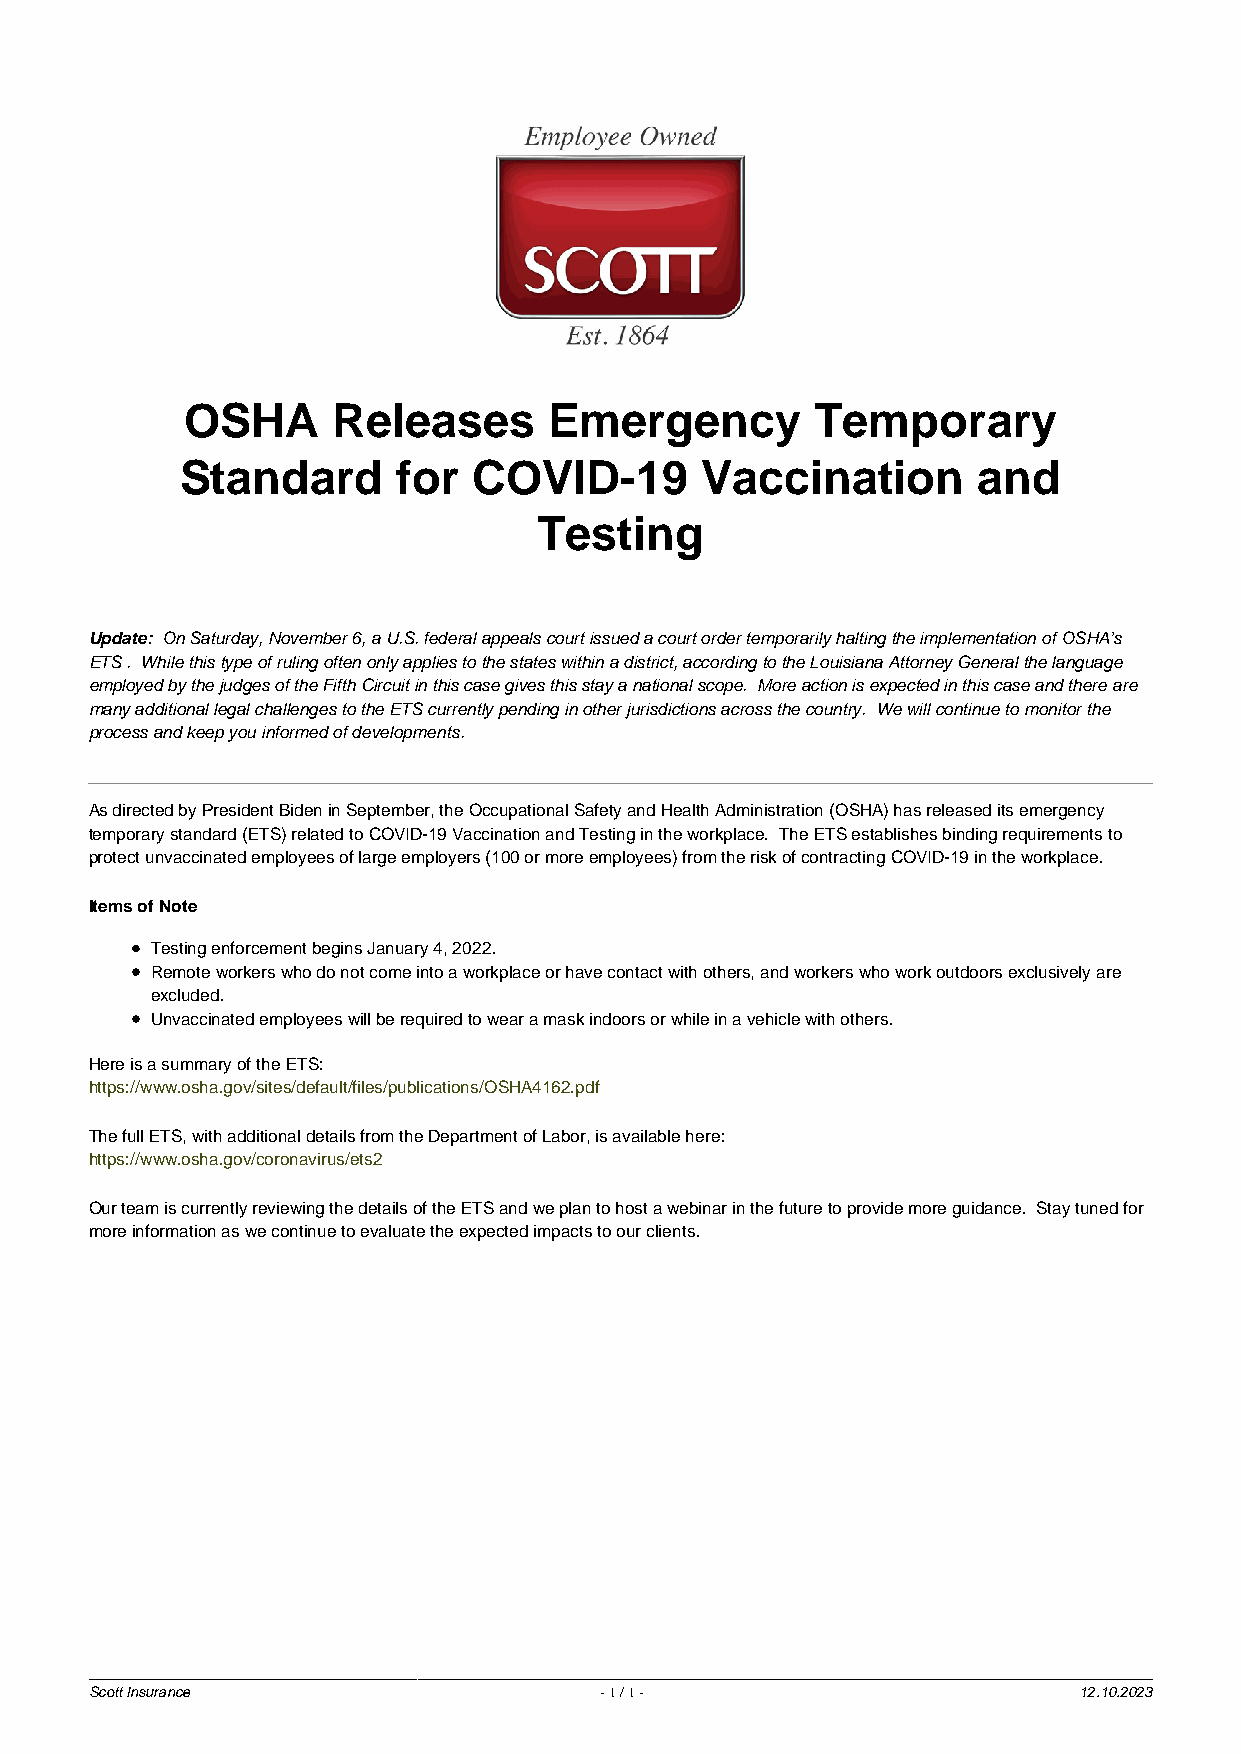
OSHA      Releases      Emergency         Temporary
 Standard      for  COVID-19       Vaccination        and
 Testing
 Update: On Saturday, November 6, a U.S. federal appeals court issued a court order temporarily halting the implementation of OSHA’s
 ETS . While this type of ruling often only applies to the states within a district, according to the Louisiana Attorney General the language
 employed by the judges of the Fifth Circuit in this case gives this stay a national scope. More action is expected in this case and there are
 many additional legal challenges to the ETS currently pending in other jurisdictions across the country. We will continue to monitor the
 process and keep you informed of developments.
 As directed by President Biden in September, the Occupational Safety and Health Administration (OSHA) has released its emergency
 temporary standard (ETS) related to COVID-19 Vaccination and Testing in the workplace. The ETS establishes binding requirements to
 protect unvaccinated employees of large employers (100 or more employees) from the risk of contracting COVID-19 in the workplace.
 Items of Note
 Testing enforcement begins January 4, 2022.
 Remote workers who do not come into a workplace or have contact with others, and workers who work outdoors exclusively are
 excluded.
 Unvaccinated employees will be required to wear a mask indoors or while in a vehicle with others.
 Here is a summary of the ETS:
 https://www.osha.gov/sites/default/files/publications/OSHA4162.pdf
 The full ETS, with additional details from the Department of Labor, is available here:
 https://www.osha.gov/coronavirus/ets2
 Our team is currently reviewing the details of the ETS and we plan to host a webinar in the future to provide more guidance. Stay tuned for
 more information as we continue to evaluate the expected impacts to our clients.
 Scott Insurance                   - 1 / 1 -                      12.10.2023